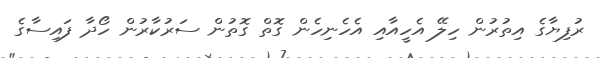
ރުފިޔާގެ އިތުރުން ހިލޭ އެހީއާއި އެހެނިހެން ގޮތް ގޮތުން ސަރުކާރުން ހޯދާ ފައިސާގެ